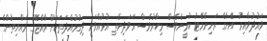
ވައުދުވާއިރު އޭނާގެ ރަނިންމޭޓު ކުރީންވެސް މިހާރުވެސް އަވަދިނެތި އުޅުއްވަނީ ދިގުމުއްދަތަކަށް ރާއްޖޭގެ ރައްޔިތުންގެ